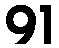
91